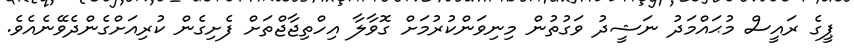
ޕީގެ ރައީސް މުޙައްމަދު ނަޝީދު ވަގުތުން މިނިވަންކުރުމަށް ގޮވާލާ އިހްތިޖާޖްތަށް ފެށިގެން ކުރިއަށްގެންދެވޭނެއެވެ.